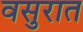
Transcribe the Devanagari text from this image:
वसुरात